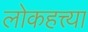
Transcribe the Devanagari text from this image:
लोकहत्त्या